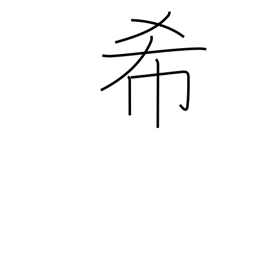
Meaning: pray